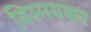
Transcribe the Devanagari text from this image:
विस्मयकर